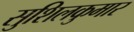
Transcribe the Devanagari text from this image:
सुशिलकुमार